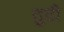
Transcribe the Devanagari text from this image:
तुटी